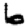
Digit: 6